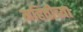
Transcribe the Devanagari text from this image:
महितीच्या